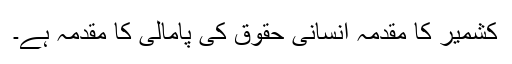
کشمیر کا مقدمہ انسانی حقوق کی پامالی کا مقدمہ ہے۔